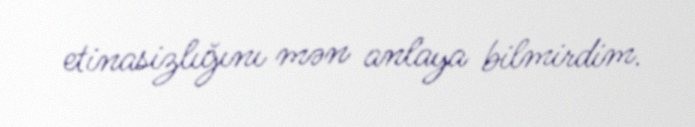
etinasizlığını mən anlaya bilmirdim.